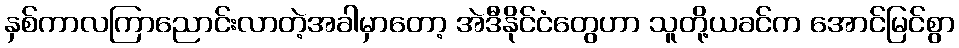
နှစ်ကာလကြာညောင်းလာတဲ့အခါမှာတော့ အဲဒီနိုင်ငံတွေဟာ သူတို့ယခင်က အောင်မြင်စွာ